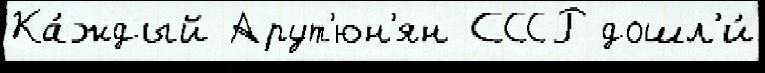
Ка́ждый Арут'юн'ян СССР дошл'и́